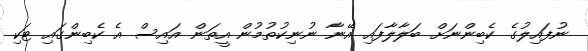
ނުފައިލުގެ ކެބިންނަށް ބަލާލާފައި އޭނާ ނުނިކުތުމުން އީތަން އައިސް އެ ކެބިންގައި ޓަކި